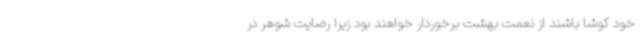
خود کوشا باشند از نعمت بهشت برخوردار خواهند بود زیرا رضایت شوهر در